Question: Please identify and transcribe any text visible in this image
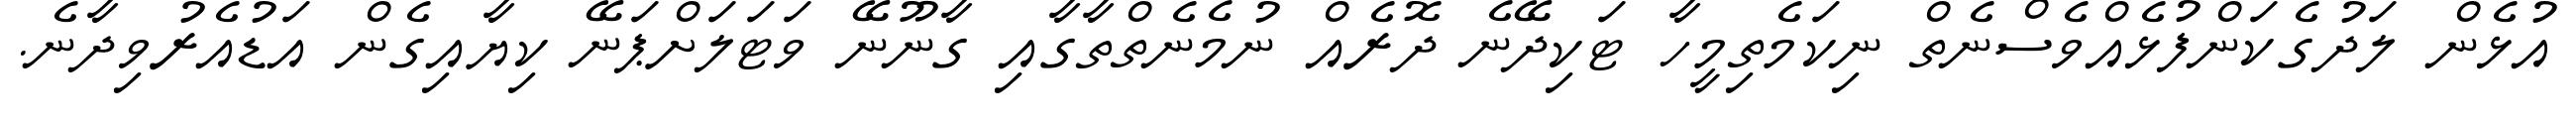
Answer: އުޅެން ލަދުގެކަންފުޅެއްވެސްނެތް ނިކަމެތިމީހާ ޓަކިދޭނެ ދޮރެއް ނުމެނެތްތާގާއި ގާނޫނޭ ވަޓަލަށްޕަނޭ ކިޔާއިގެން އަޑުއެރުވިދާނެ.